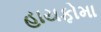
હાયફોમા